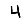
Digit: 4